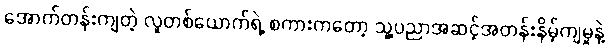
အောက်တန်းကျတဲ့ လူတစ်ယောက်ရဲ့ စကားကတော့ သူ့ပညာအဆင့်အတန်းနိမ့်ကျမှုနဲ့